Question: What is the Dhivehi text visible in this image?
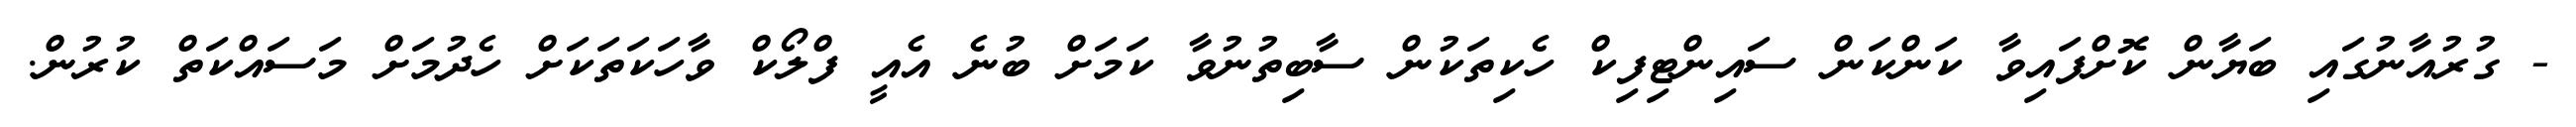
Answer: - ގުރުއާނުގައި ބަޔާން ކޮށްފައިވާ ކަންކަން ސައިންޓިފިކް ހެކިތަކުން ސާބިތުނުވާ ކަމަށް ބުނެ އެއީ ފްލޯކް ވާހަކަތަކަށް ހެދުމަށް މަސައްކަތް ކުރުން.